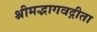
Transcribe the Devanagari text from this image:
श्रीमद्भागवद्गीता